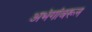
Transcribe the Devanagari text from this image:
अभंगांवरून